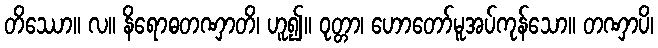
တိဿော။ လ။ နိရောဓတဏှာတိ၊ ဟူ၍။ ဝုတ္တာ၊ ဟောတော်မူအပ်ကုန်သော။ တဏှာပိ၊